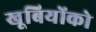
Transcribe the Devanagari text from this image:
खूबियोंको